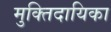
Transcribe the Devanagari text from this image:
मुक्तिदायिका